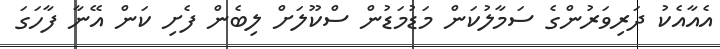
އެއާއެކު ދަރިވަރުންގެ ސަމާލުކަން މަޑުމަޑުން ސްކޫލަށް ލިބެން ފެށި ކަން އޭނާ ފާހަގަ